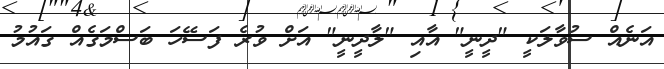
އަނެއް ސުވާލަކީ "ދީނީ" އާއި "ލާދީނީ" އަށް ވުރެ ފަސޭހަ ބަސްމަގެއް ގައުމު